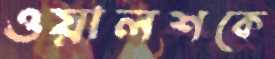
ওয়ালশকে